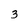
Character: 3